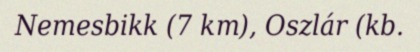
Nemesbikk (7 km), Oszlár (kb.